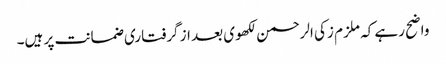
واضح رہے کہ ملزم زکی الرحمن لکھوی بعد از گرفتاری ضمانت پر ہیں۔